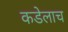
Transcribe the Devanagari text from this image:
कडेलाच